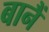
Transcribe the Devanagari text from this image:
बानैं